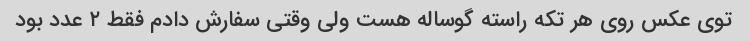
توی عکس روی هر تکه راسته گوساله هست ولی وقتی سفارش دادم فقط ۲ عدد بود